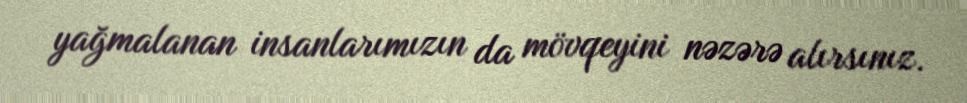
yağmalanan insanlarımızın da mövqeyini nəzərə alırsınız.